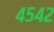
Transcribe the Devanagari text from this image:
४५४२